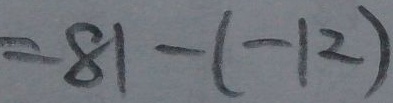
= 8 1 - ( - 1 2 )